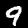
Label: 9